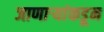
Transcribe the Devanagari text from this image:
जाणाऱ्यांकडून